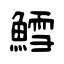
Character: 鱈